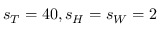
s _ { T } = 4 0 , s _ { H } = s _ { W } = 2